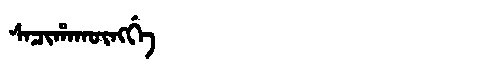
Manchu: ᠰᠠᠴᡳᡥᠠᡴᡡᠩᡤᡝ
Romanization: SACIHAKŪNGGE